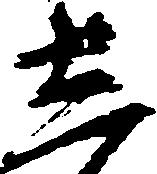
し